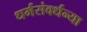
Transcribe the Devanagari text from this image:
धर्मसंवर्धन्या